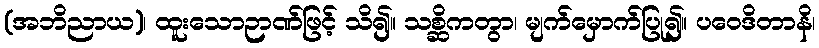
(အဘိညာယ)၊ ထူးသောဉာဏ်ဖြင့် သိ၍။ သစ္ဆိကတွာ၊ မျက်မှောက်ပြု၍။ ပဝေဒိတာနိ၊